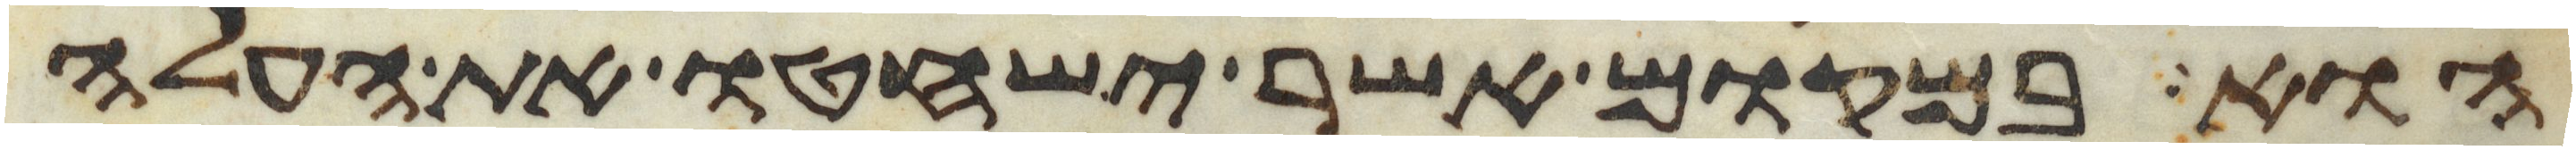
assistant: הוא במקום אשר ישחטו את העלה